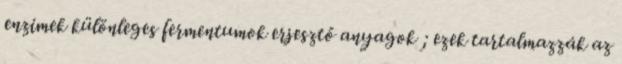
enzimek különleges fermentumok erjesztő anyagok ; ezek tartalmazzák az